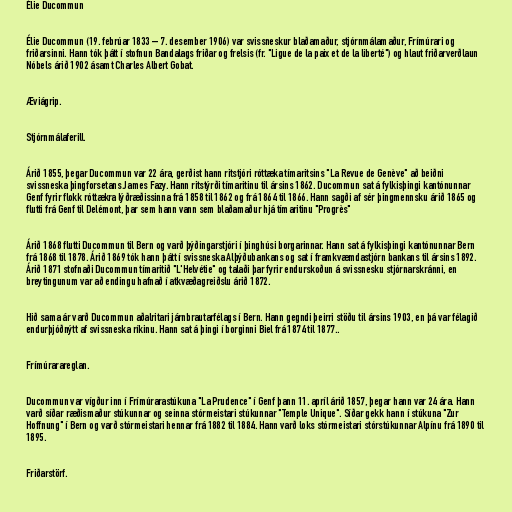
Élie Ducommun

Élie Ducommun (19. febrúar 1833 – 7. desember 1906) var svissneskur blaðamaður, stjórnmálamaður, Frímúrari og
friðarsinni. Hann tók þátt í stofnun Bandalags friðar og frelsis (fr. "Ligue de la paix et de la liberté") og hlaut friðarverðlaun
Nóbels árið 1902 ásamt Charles Albert Gobat.

Æviágrip.

Stjórnmálaferill.

Árið 1855, þegar Ducommun var 22 ára, gerðist hann ritstjóri róttæka tímaritsins "La Revue de Genève" að beiðni
svissneska þingforsetans James Fazy. Hann ritstýrði tímaritinu til ársins 1862. Ducommun sat á fylkisþingi kantónunnar
Genf fyrir flokk róttækra lýðræðissinna frá 1858 til 1862 og frá 1864 til 1866. Hann sagði af sér þingmennsku árið 1865 og
flutti frá Genf til Delémont, þar sem hann vann sem blaðamaður hjá tímaritinu "Progrès"

Árið 1868 flutti Ducommun til Bern og varð þýðingarstjóri í þinghúsi borgarinnar. Hann sat á fylkisþingi kantónunnar Bern
frá 1868 til 1878. Árið 1869 tók hann þátt í svissneska Alþýðubankans og sat í framkvæmdastjórn bankans til ársins 1892.
Árið 1871 stofnaði Ducommun tímaritið "L'Helvétie" og talaði þar fyrir endurskoðun á svissnesku stjórnarskránni, en
breytingunum var að endingu hafnað í atkvæðagreiðslu árið 1872.

Hið sama ár varð Ducommun aðalritari járnbrautarfélags í Bern. Hann gegndi þeirri stöðu til ársins 1903, en þá var félagið
endurþjóðnýtt af svissneska ríkinu. Hann sat á þingi í borginni Biel frá 1874 til 1877..

Frímúrarareglan.

Ducommun var vígður inn í Frímúrarastúkuna "La Prudence" í Genf þann 11. apríl árið 1857, þegar hann var 24 ára. Hann
varð síðar ræðismaður stúkunnar og seinna stórmeistari stúkunnar "Temple Unique". Síðar gekk hann í stúkuna "Zur
Hoffnung" í Bern og varð stórmeistari hennar frá 1882 til 1884. Hann varð loks stórmeistari stórstúkunnar Alpínu frá 1890 til
1895.

Friðarstörf.